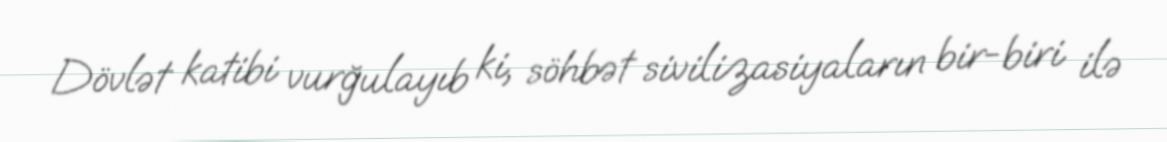
Dövlət katibi vurğulayıb ki, söhbət sivilizasiyaların bir-biri ilə